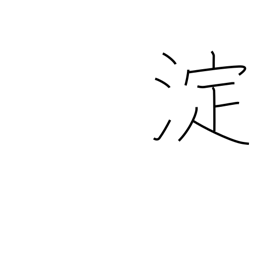
Meaning: eddy